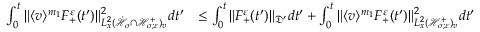
\begin{array} { r l } { \int _ { 0 } ^ { t } \| \langle v \rangle ^ { m _ { 1 } } F _ { + } ^ { \varepsilon } ( t ^ { \prime } ) \| _ { L _ { x } ^ { 2 } ( \dot { \mathcal H } _ { \sigma } \cap \mathcal H _ { \sigma ; \varepsilon } ^ { + } ) _ { v } } ^ { 2 } d t ^ { \prime } } & { \leq \int _ { 0 } ^ { t } \| F _ { + } ^ { \varepsilon } ( t ^ { \prime } ) \| _ { \mathfrak D ^ { \prime } } d t ^ { \prime } + \int _ { 0 } ^ { t } \| \langle v \rangle ^ { m _ { 1 } } F _ { + } ^ { \varepsilon } ( t ^ { \prime } ) \| _ { L _ { x } ^ { 2 } ( \mathcal H _ { \sigma ; \varepsilon } ^ { + } ) _ { v } } ^ { 2 } d t ^ { \prime } } \end{array}